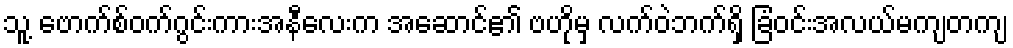
သူ့ ဗောက်စ်ဝက်ဂွင်းကားအနီလေးက အဆောင်၏ ဗဟိုမှ လက်ဝဲဘက်ရှိ ခြံဝင်းအလယ်မကျတကျ